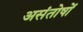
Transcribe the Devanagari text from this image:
असंतोषों